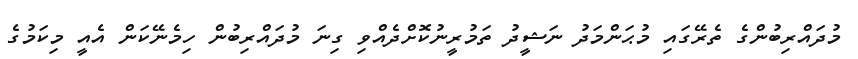
މުދައްރިބުންގެ ތެރޭގައި މުޙަންމަދު ނަޝީދު ތަމުރީނުކޮށްދެއްވި ގިނަ މުދައްރިބުން ހިމެނޭކަން އެއީ މިކަމުގެ